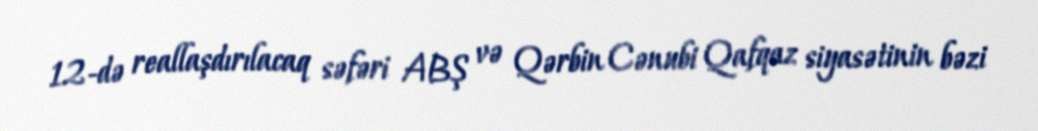
12-də reallaşdırılacaq səfəri ABŞ və Qərbin Cənubi Qafqaz siyasətinin bəzi